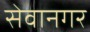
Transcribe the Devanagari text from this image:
सेवानगर